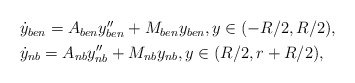
\begin{align*} \begin{aligned} & \dot y_{ben}=A_{ben}y''_{ben} +M_{ben}y_{ben}, y\in (-R/2,R/2), \\ & \dot y_{nb}=A_{nb}y''_{nb} +M_{nb}y_{nb}, y\in (R/2, r+R/2),\end{aligned}\end{align*}